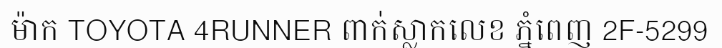
ម៉ាក TOYOTA 4RUNNER ពាក់ស្លាកលេខ ភ្នំពេញ 2F-5299